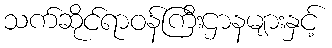
သက်ဆိုင်ရာဝန်ကြီးဌာနများနှင့်